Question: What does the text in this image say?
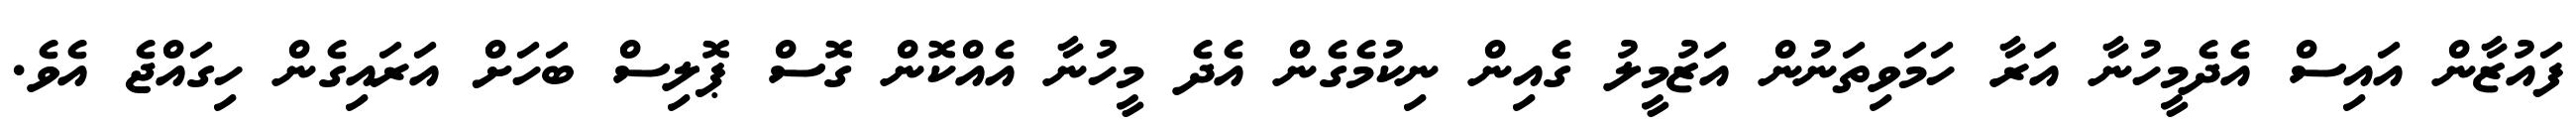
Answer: ފައުޒާން އައިސް އެދެމީހުނާ އަރާ ހަމަވިތަނުން އަޒުމީލު ގެއިން ނިކުމެގެން އެދެ މީހުނާ އެއްކޮން ގޮސް ޕޮލިސް ބަހަށް އަރައިގެން ހިގައްޖެ އެވެ.